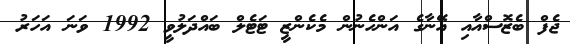
ޖެފް ބެޒޮސްއާއި އޭނާގެ އަންހެނުން މެކެންޒީ ޓަޓެލް ބައްދަލުވީ 1992 ވަނަ އަހަރު